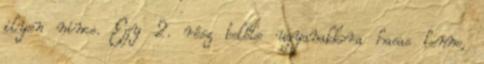
ilyen nincs. Egy 2. rész belőle ugyanakkora hasas lenne,